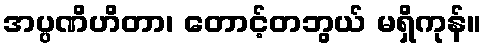
အပ္ပဏိဟိတာ၊ တောင့်တဘွယ် မရှိကုန်။